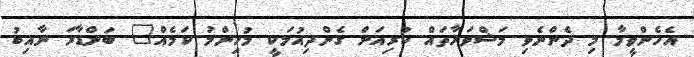
އެހެންވީމާ މި ދެންނެވި މަޝްވަރާތައް ކުރިއަށް ގެންދިއުމަކީ މުހިންމު ކަމެއް" ބަންޑާރަ ނާއިބު